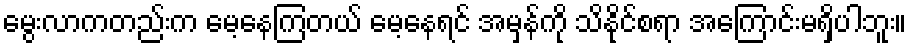
မွေးလာကတည်းက မေ့နေကြတယ် မေ့နေရင် အမှန်ကို သိနိုင်စရာ အကြောင်းမရှိပါဘူး။